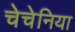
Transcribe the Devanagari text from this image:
चेचेनिया